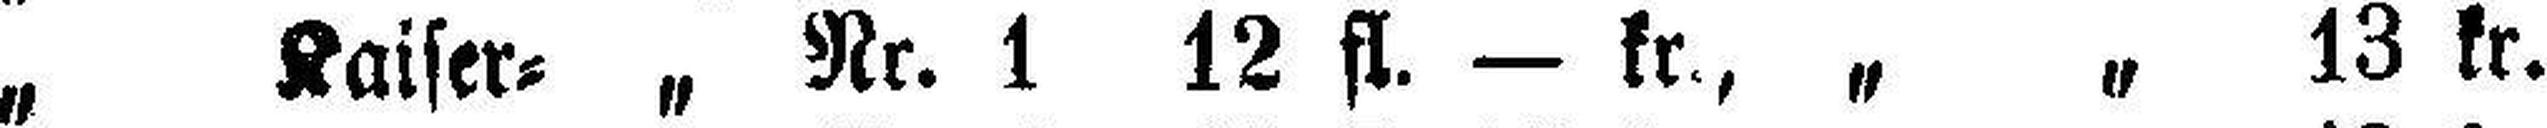
„ Kaiser= „ Nr. 1 12 fl. — kr., „ „ 13 kr.